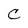
Character: C